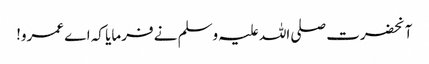
آنحضرت صلی اللہ علیہ وسلم نے فرمایا کہ اے عمرو!